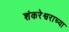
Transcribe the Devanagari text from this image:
शंकरेश्वराच्या